Vaccination North-Western Provinces 1866-1877 - 1866-1877
Year: 1866
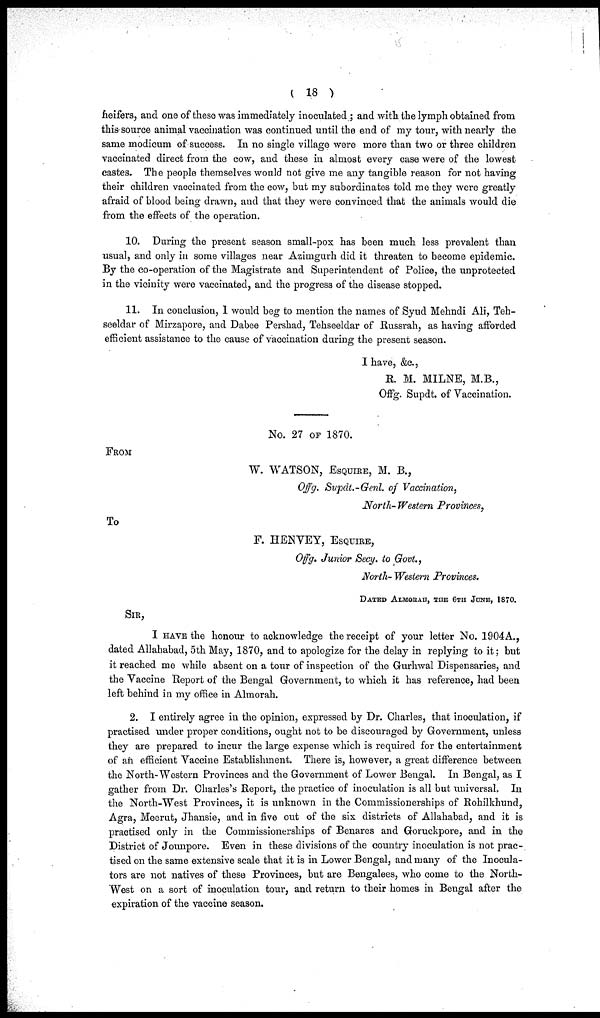
( 18 )
heifers, and one of these was immediately inoculated ; and with the lymph obtained from
this source animal vaccination was continued until the end of my tour, with nearly the
same modicum of success. In no single village were more than two or three children
vaccinated direct from the cow, and these in almost every case were of the lowest
castes. The people themselves would not give me any tangible reason for not having
their children vaccinated from the cow, but my subordinates told me they were greatly
afraid of blood being drawn, and that they were convinced that the animals would die
from the effects of the operation.
10. During the present season small-pox has been much less prevalent than
usual, and only in some villages near Azimgurh did it threaten to become epidemic.
By the co-operation of the Magistrate and Superintendent of Police, the unprotected
in the vicinity were vaccinated, and the progress of the disease stopped.
11. In conclusion, 1 would beg to mention the names of Syud Mehndi Ali, Teh¬
seeldar of Mirzapore, and Dabee Pershad, Tehseeldar of Russrah, as having afforded
efficient assistance to the cause of vaccination during the present season.
I have, &c.,
R. M. MILNE, M.B.,
Offg. Supdt. of Vaccination.
No. 27 OF 1870.
FROM
W. WATSON, ESQUIRE, M. B.,
Offg. Supdt.-Genl. of Vaccination,
North- Western Provinces,
To
F. HENVEY, ESQUIRE,
Offg. Junior Secy. to Govt.,
North- Western Provinces.
DATED ALMORAH, THE 6TH JUNE, 1870.
SIR,
I HAVE the honour to acknowledge the receipt of your letter No. 1904A.,
dated Allahabad, 5th May, 1870, and to apologize for the delay in replying to it; but
it reached me while absent on a tour of inspection of the Gurhwal Dispensaries, and
the Vaccine Report of the Bengal Government, to which it has reference, had been
left behind in my office in Almorah.
2. I entirely agree in the opinion, expressed by Dr. Charles, that inoculation, if
practised under proper conditions, ought not to be discouraged by Government, unless
they are prepared to incur the large expense which is required for the entertainment
of an efficient Vaccine Establishment. There is, however, a great difference between
the North-Western Provinces and the Government of Lower Bengal. In Bengal, as I
gather from Dr. Charles's Report, the practice of inoculation is all but universal, In
the North-West Provinces, it is unknown in the Commissionerships of Rohilkhund,
Agra, Meerut, Jhansie, and in five out of the six districts of Allahabad, and it is
practised only in the Commissionerships of Benares and Goruckpore, and in the
District of Jounpore. Even in these divisions of the country inoculation is not prac-
tised on the same extensive scale that it is in Lower Bengal, and many of the Inocula¬
tors are not natives of these Provinces, but are Bengalees, who come to the North-
West on a sort of inoculation tour, and return to their homes in Bengal after the
expiration of the vaccine season.